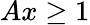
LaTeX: Ax\ge 1